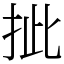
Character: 㧗